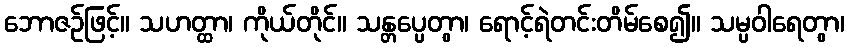
ဘောဇဉ်ဖြင့်။ သဟတ္ထာ၊ ကိုယ်တိုင်။ သန္တပ္ပေတွာ၊ ရောင့်ရဲတင်းတိမ်စေ၍။ သမ္ပဝါရေတွာ၊